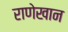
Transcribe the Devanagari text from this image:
राणेखान